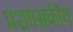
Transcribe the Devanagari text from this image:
प्रशाासकीय